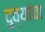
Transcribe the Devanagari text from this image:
दुव्यांचा